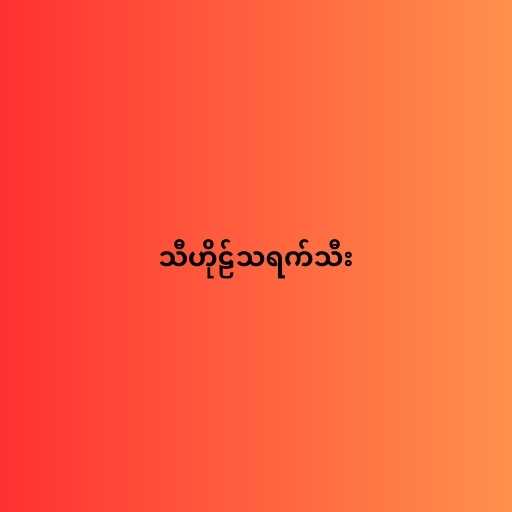
သီဟိုဠ်သရက်သီး